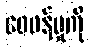
ဝေဖန်မှုကို